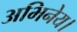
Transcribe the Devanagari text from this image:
अभिनेय।